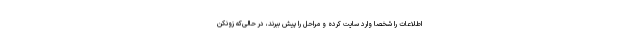
اطلاعات را شخصا وارد سایت کرده و مراحل را پیش ببرند، در حالی‌که زونکن